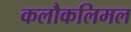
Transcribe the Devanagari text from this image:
कलौकलिमल